Vaccination in Bombay 1863-1868 - 1863-1868
Year: 1863
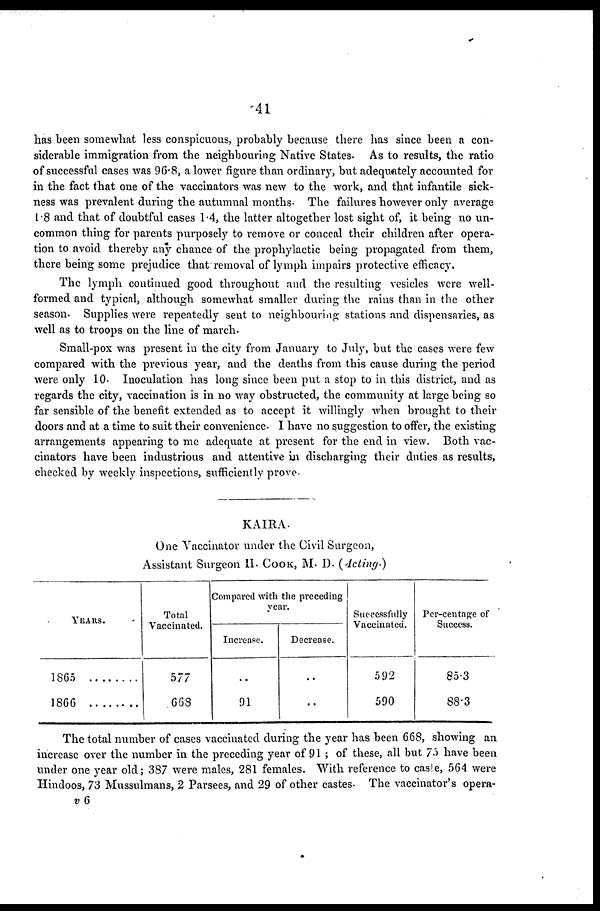
41
has been somewhat less conspicuous, probably because there has since been a con-
siderable immigration from the neighbouring Native States. As to results, the ratio
of successful cases was 96.8, a lower figure than ordinary, but adequately accounted for
in the fact that one of the vaccinators was new to the work, and that infantile sick-
ness was prevalent during the autumnal months. The failures however only average
1.8 and that of doubtful cases 1.4, the latter altogether lost sight of, it being no un-
common thing for parents purposely to remove or conceal their children after opera-
tion to avoid thereby any chance of the prophylactic being propagated from them,
there being some prejudice that removal of lymph impairs protective efficacy.
The lymph continued good throughout and the resulting vesicles were well-
formed and typical, although somewhat smaller during the rains than in the other
season. Supplies were repeatedly sent to neighbouring stations and dispensaries, as
well as to troops on the line of march.
Small-pox was present in the city from January to July, but the cases were few
compared with the previous year, and the deaths from this cause during the period
were only 10. Inoculation has long since been put a stop to in this district, and as
regards the city, vaccination is in no way obstructed, the community at large being so
far sensible of the benefit extended as to accept it willingly when brought to their
doors and at a time to suit their convenience. I have no suggestion to offer, the existing
arrangements appearing to me adequate at present for the end in view. Both vac-
cinators have been industrious and attentive in discharging their duties as results,
checked by weekly inspections, sufficiently prove.
KAIRA.
One Vaccinator under the Civil Surgeon,
Assistant Surgeon II. COOK, M. D. (Acting.)
YEARS.
1865 ........
1866
Total
Vaccinated.
577
668
Compared with the preceding
year.
Increase.
..
91
Decrease.
..
..
Successfully
Vaccinated.
592
590
Per-centage of
Success.
85.3
88.3
The total number of cases vaccinated during the year has been 668, showing an
increase over the number in the preceding year of 91 ; of these, all but 75 have been
under one year old; 387 were males, 281 females. With reference to caste, 564 were
Hindoos, 73 Mussulmans, 2 Parsees, and 29 of other castes. The vaccinator's opera-
v 6